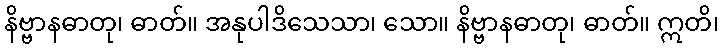
နိဗ္ဗာနဓာတု၊ ဓာတ်။ အနုပါဒိသေသာ၊ သော။ နိဗ္ဗာနဓာတု၊ ဓာတ်။ ဣတိ၊